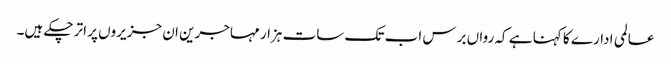
عالمی ادارے کا کہنا ہے کہ رواں برس اب تک سات ہزار مہاجرین ان جزیروں پر اتر چکے ہیں۔